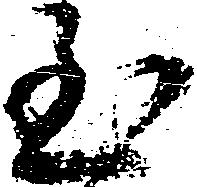
至